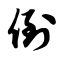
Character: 倒